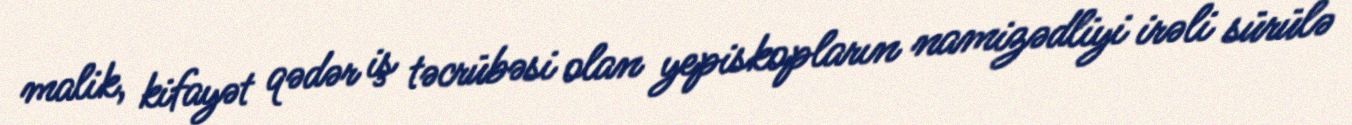
malik, kifayət qədər iş təcrübəsi olan yepiskopların namizədliyi irəli sürülə